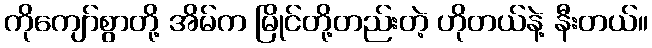
ကိုကျော်စွာတို့ အိမ်က မြိုင်တို့တည်းတဲ့ ဟိုတယ်နဲ့ နီးတယ်။